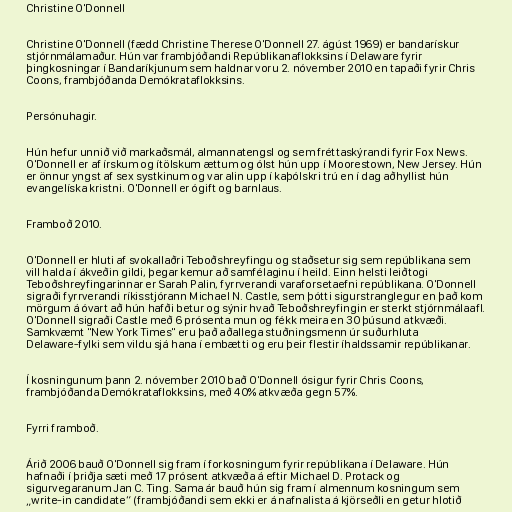
Christine O'Donnell

Christine O'Donnell (fædd Christine Therese O'Donnell 27. ágúst 1969) er bandarískur
stjórnmálamaður. Hún var frambjóðandi Repúblikanaflokksins í Delaware fyrir
þingkosningar í Bandaríkjunum sem haldnar voru 2. nóvember 2010 en tapaði fyrir Chris
Coons, frambjóðanda Demókrataflokksins.

Persónuhagir.

Hún hefur unnið við markaðsmál, almannatengsl og sem fréttaskýrandi fyrir Fox News.
O'Donnell er af írskum og ítölskum ættum og ólst hún upp í Moorestown, New Jersey. Hún
er önnur yngst af sex systkinum og var alin upp í kaþólskri trú en í dag aðhyllist hún
evangelíska kristni. O'Donnell er ógift og barnlaus.

Framboð 2010.

O'Donnell er hluti af svokallaðri Teboðshreyfingu og staðsetur sig sem repúblikana sem
vill halda í ákveðin gildi, þegar kemur að samfélaginu í heild. Einn helsti leiðtogi
Teboðshreyfingarinnar er Sarah Palin, fyrrverandi varaforsetaefni repúblikana. O'Donnell
sigraði fyrrverandi ríkisstjórann Michael N. Castle, sem þótti sigurstranglegur en það kom
mörgum á óvart að hún hafði betur og sýnir hvað Teboðshreyfingin er sterkt stjórnmálaafl.
O'Donnell sigraði Castle með 6 prósenta mun og fékk meira en 30 þúsund atkvæði.
Samkvæmt "New York Times" eru það aðallega stuðningsmenn úr suðurhluta
Delaware-fylki sem vildu sjá hana í embætti og eru þeir flestir íhaldssamir repúblikanar.

Í kosningunum þann 2. nóvember 2010 bað O'Donnell ósigur fyrir Chris Coons,
frambjóðanda Demókrataflokksins, með 40% atkvæða gegn 57%.

Fyrri framboð.

Árið 2006 bauð O'Donnell sig fram í forkosningum fyrir repúblikana í Delaware. Hún
hafnaði í þriðja sæti með 17 prósent atkvæða á eftir Michael D. Protack og
sigurvegaranum Jan C. Ting. Sama ár bauð hún sig fram í almennum kosningum sem
„write-in candidate“ (frambjóðandi sem ekki er á nafnalista á kjörseðli en getur hlotið